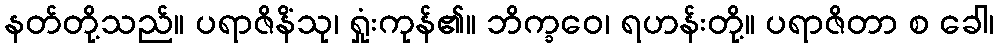
နတ်တို့သည်။ ပရာဇိနိံသု၊ ရှုံးကုန်၏။ ဘိက္ခဝေ၊ ရဟန်းတို့။ ပရာဇိတာ စ ခေါ၊